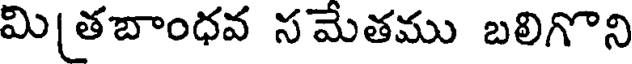
మి|తబాంధవ సమేతము బలిగొని